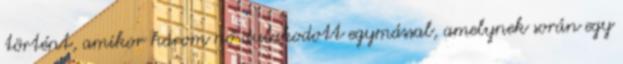
történt, amikor három nő dulakodott egymással, amelynek során egy